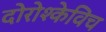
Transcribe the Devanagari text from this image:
दोरोश्केविच